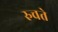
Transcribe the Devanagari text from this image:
रुचते